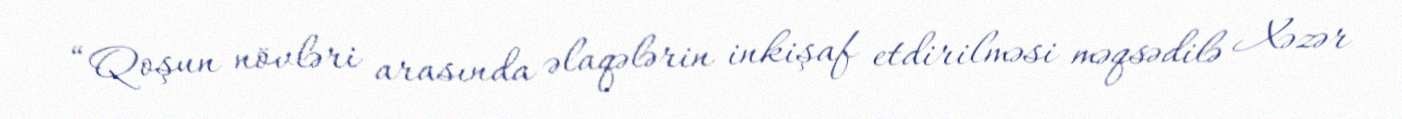
“Qoşun növləri arasında əlaqələrin inkişaf etdirilməsi məqsədilə Xəzər